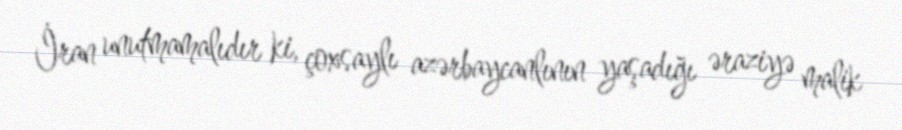
İran unutmamalıdır ki, çoxsaylı azərbaycanlının yaşadığı əraziyə malik